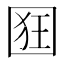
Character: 𭍢